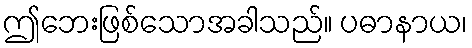
ဤဘေးဖြစ်သောအခါသည်။ ပဓာနာယ၊